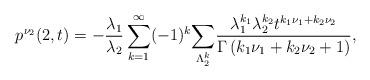
LaTeX: \begin{align*}p^{\nu_2}(2,t)=-\frac{\lambda_1}{\lambda_2}\sum_{k=1}^{\infty}(-1)^k\underset{\Lambda^{k}_{2}}{\sum}\frac{\lambda_1^{k_1}\lambda_2^{k_2}t^{k_1\nu_1+k_2\nu_2}}{\Gamma\left(k_1\nu_1+k_2\nu_2+1\right)},\end{align*}